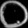
Digit: ၀